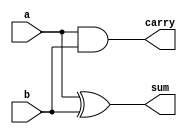
///////////HALF ADDER////////////////

module half_adder(a,b,sum,carry);

	input a,b;
	output sum,carry;
	and A(carry,a,b);
	xor X(sum,a,b);

endmodule

///////////FULL ADDER///////////////

module full_adder(m,n,cin,s,c);

	input m,n,cin;
	output c,s;
	wire p,q,r;
	
	half_adder HA0(.a(m),.b(n),.sum(p),.carry(q));
	half_adder HA1(.a(p),.b(cin),.sum(s),.carry(r));
	or O(c,q,r);
	
endmodule

/////////////RIPPLE CARRY ADDER 4 BIT///////////////
module ripple_carry_adder_8_bit(A,B,Sum,c8);
	
	//INPUT AND OUTPUT DECLARATIONS
	input [7:0] A,B;
	output c8;
	output [7:0] Sum;
	wire c1,c2,c3,c4,c5,c6,c7;
	
	//Operations
	full_adder FA0(.m(A[0]),.n(B[0]),.cin(1'b0),.s(Sum[0]),.c(c1));
	full_adder FA1(.m(A[1]),.n(B[1]),.cin(c1),.s(Sum[1]),.c(c2));
	full_adder FA2(.m(A[2]),.n(B[2]),.cin(c2),.s(Sum[2]),.c(c3));
	full_adder FA3(.m(A[3]),.n(B[3]),.cin(c3),.s(Sum[3]),.c(c4));
	full_adder FA4(.m(A[4]),.n(B[4]),.cin(c4),.s(Sum[4]),.c(c5));
	full_adder FA5(.m(A[5]),.n(B[5]),.cin(c5),.s(Sum[5]),.c(c6));
	full_adder FA6(.m(A[6]),.n(B[6]),.cin(c6),.s(Sum[6]),.c(c7));
	full_adder FA7(.m(A[7]),.n(B[7]),.cin(c7),.s(Sum[7]),.c(c8));
	
endmodule